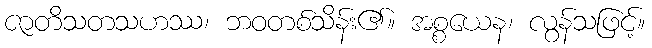
ဇာတိသတသဟဿ၊ ဘဝတစ်သိန်း၏။ အစ္စယေန၊ လွန်သဖြင့်။